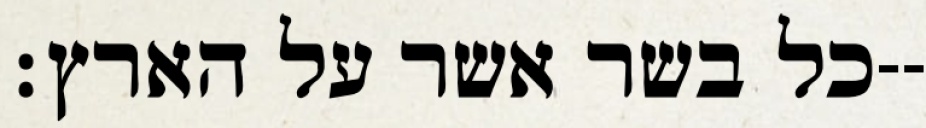
כל בשר אשר על הארץ׃--